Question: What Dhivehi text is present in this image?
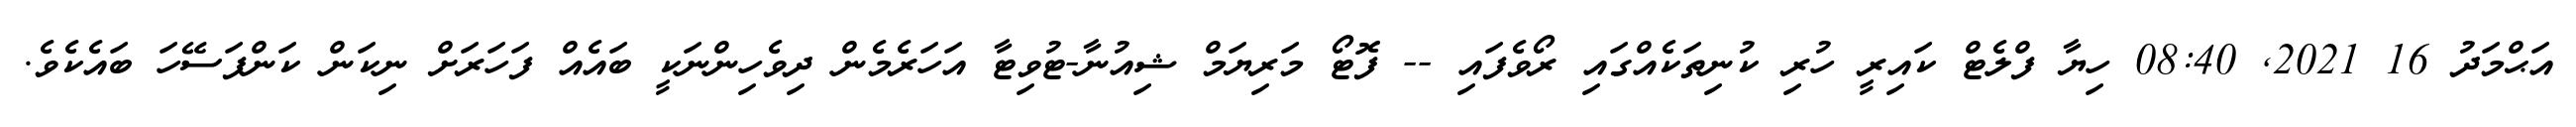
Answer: އަޙްމަދު 16 2021, 08:40 ހިޔާ ފްލެޓް ކައިރީ ހުރި ކުނިތަކެއްގައި ރޯވެފައި -- ފޮޓޯ މަރިޔަމް ޝިއުނާ-ޓުވިޓާ އަހަރެމެން ދިވެހިންނަކީ ބައެއް ފަހަރަށް ނިކަން ކަންފަސޭހަ ބައެކެވެ.